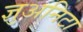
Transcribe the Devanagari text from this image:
ज्ञुअनिटा